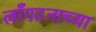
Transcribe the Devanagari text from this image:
लाँगटनाच्या